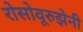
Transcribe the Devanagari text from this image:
रोसोवूरुझेनी